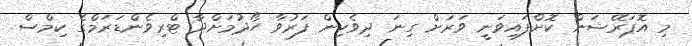
މި އޮޕަރޭޝަން ކޮށްފައިވަނީ ވަރަށް ގިނަ ދިވެހިން ފަރުވާ ހޯދުމަށްދާ ޓްރިވެންޑަރަމްގެ ކިމްސް